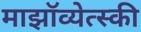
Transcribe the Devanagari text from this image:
माझॉव्येत्स्की